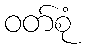
ဝတ်စုံ